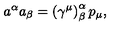
a ^ { \alpha } a _ { \beta } = \left( \gamma ^ { \mu } \right) _ { \beta } ^ { \alpha } p _ { \mu } ,